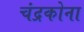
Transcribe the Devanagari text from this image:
चंद्रकोना